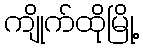
ကျိုက်ထိုမြို့